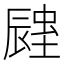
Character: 𨑉